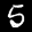
Label: 5